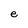
Character: e